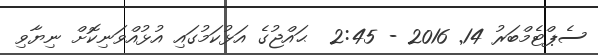
ސެޕްޓެމްބަރު 14